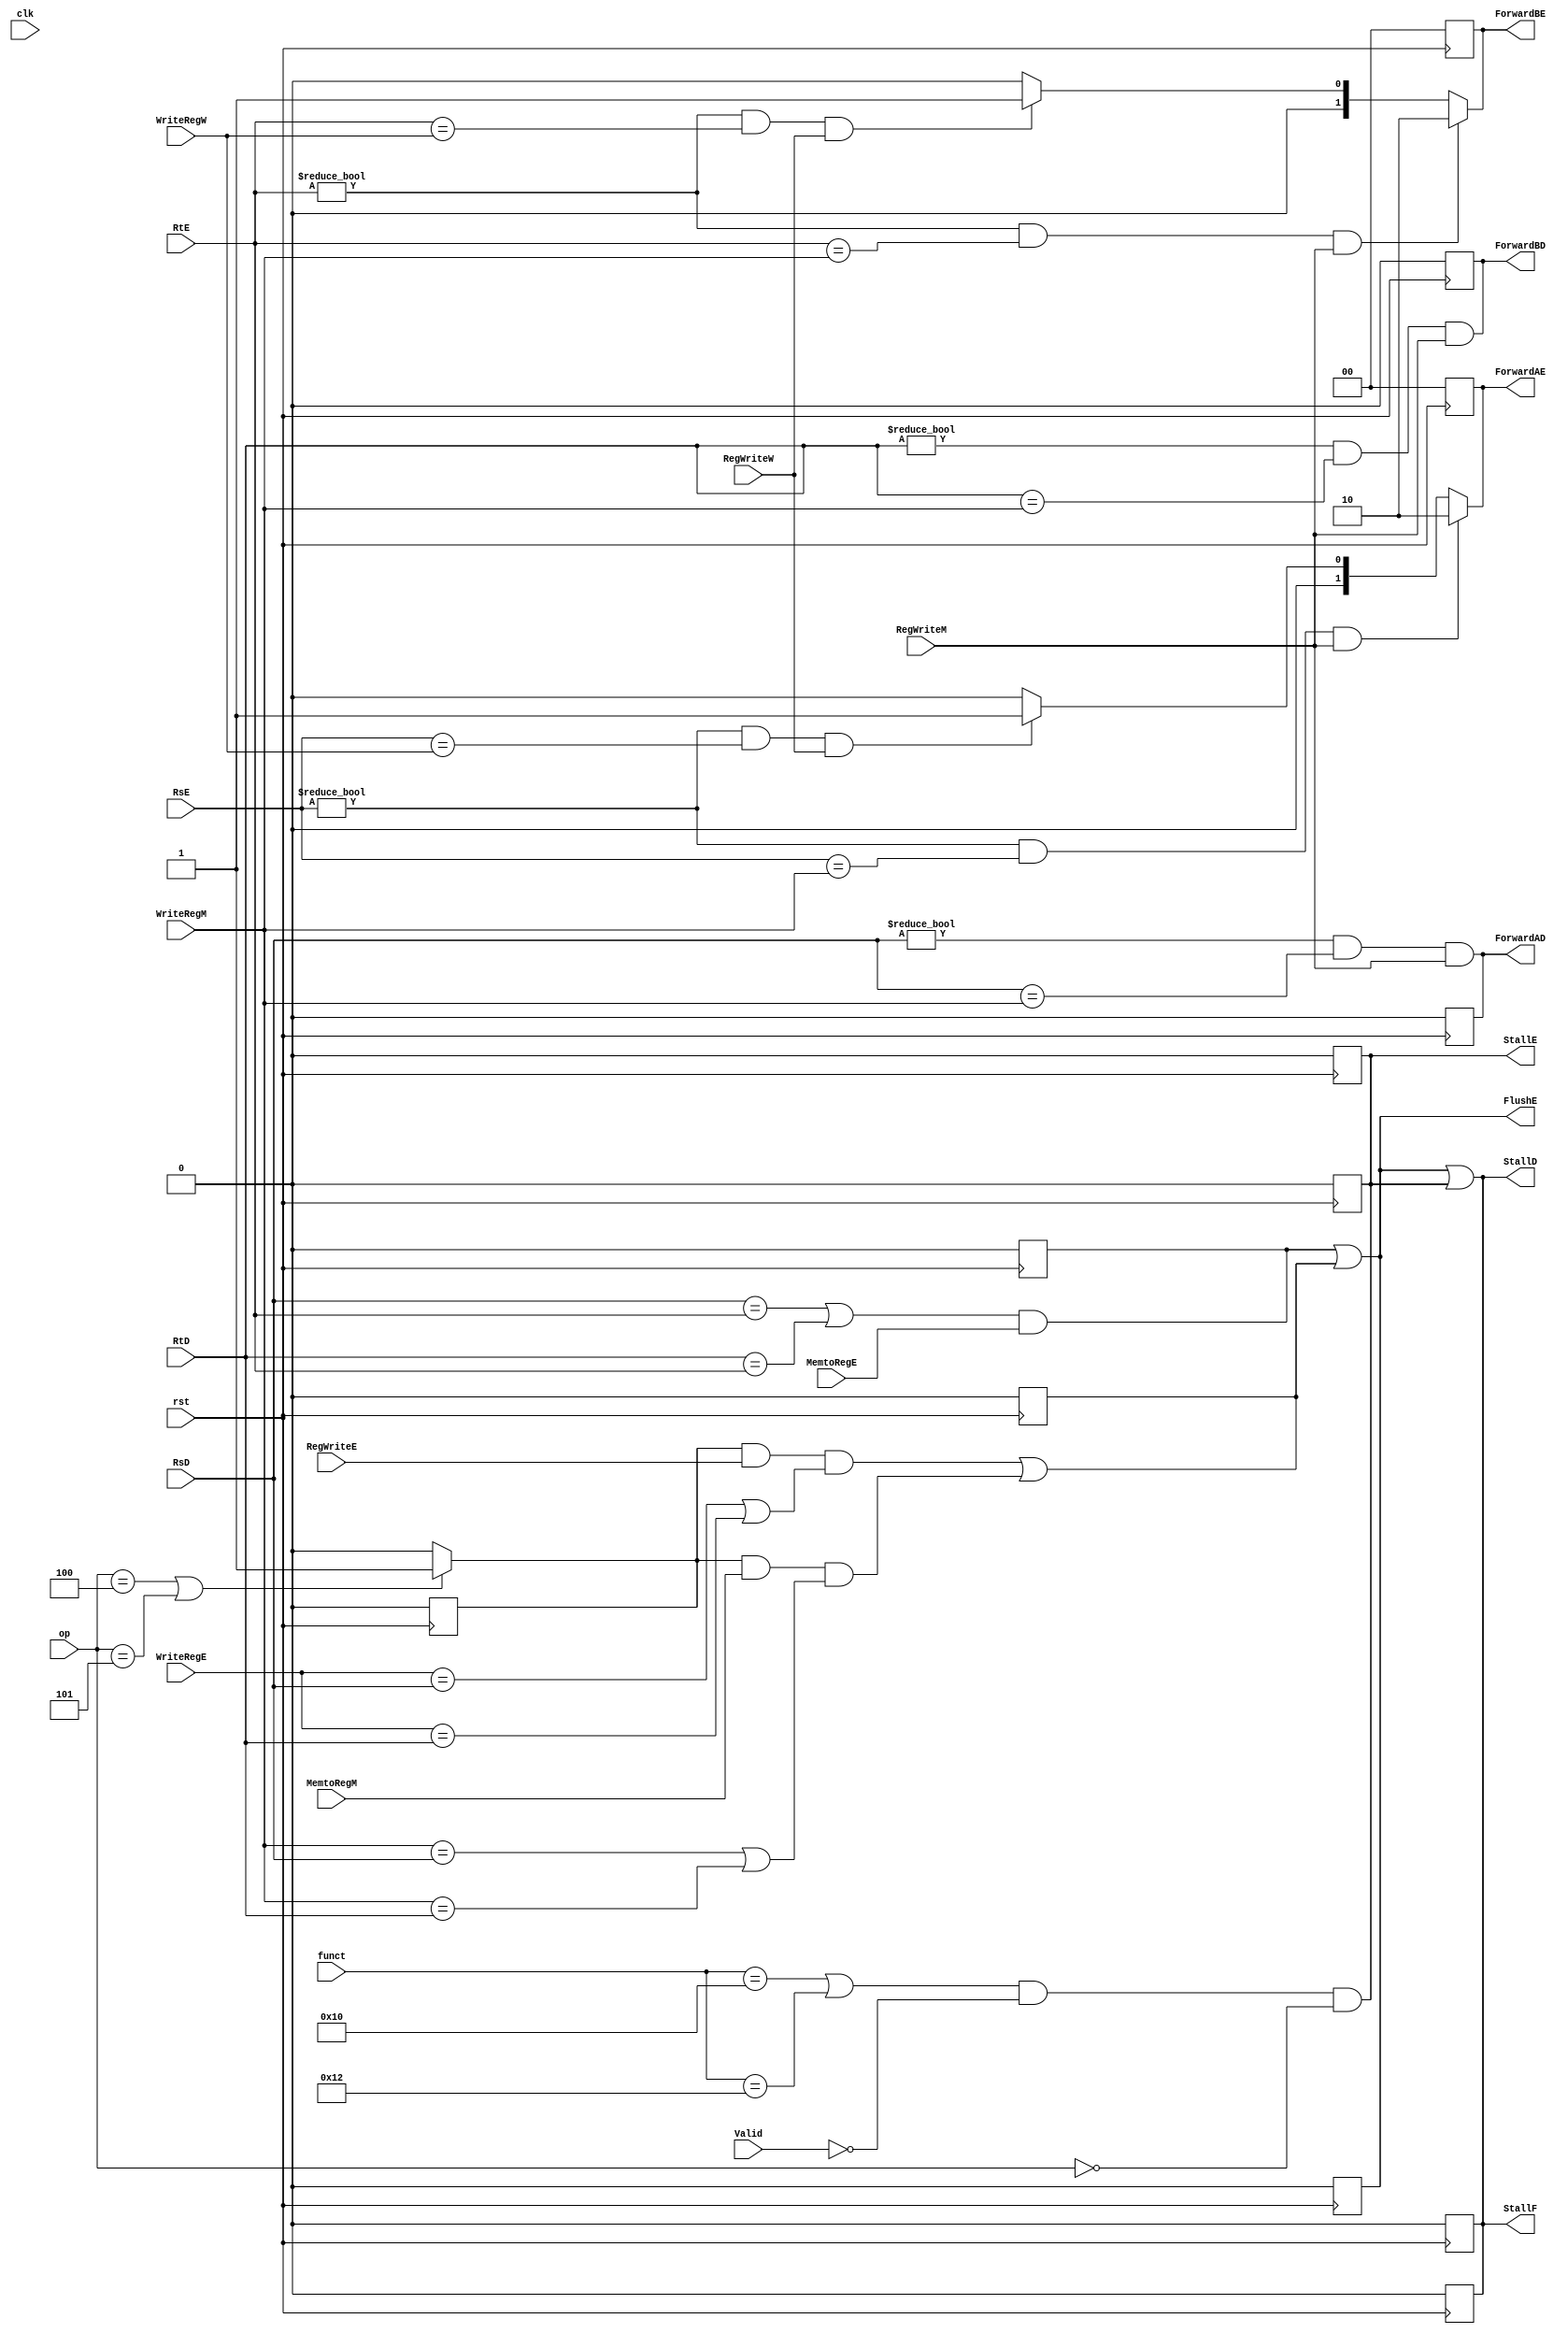
module hazard(	input [4:0] RsE, RtE, RsD, RtD, WriteRegE, WriteRegM, WriteRegW, 
		input RegWriteW, RegWriteM, MemtoRegM, RegWriteE, MemtoRegE,
		input [5:0] op, funct,
		input rst,clk, Valid,
		output reg StallF, StallD, StallE, FlushE, ForwardAD, ForwardBD, 
		output reg [1:0] ForwardAE, ForwardBE);

	reg lwstall, branchstall, multstall;
	reg branch;

	// reset registers on global reset
	always @(posedge rst)
	begin
		StallF <= 0;
		StallD <= 0;
		StallE <= 0;
		FlushE <= 0;
		ForwardAD <= 0;
		ForwardBD <= 0;
		ForwardAE <= 0;
		ForwardBE <= 0;
		lwstall <= 0;
		branchstall <= 0;
		multstall <= 0;
		branch <= 0;
	end

	// we wanted our hazards to resolve immediately but decided to make them registers instead of
	// wires because we were getting 'unknown' spike values on clock edges because the input signals
	// are in a brief state of uncertainty. To fix this bug we made them registers and had them change when
	// any of the inputs change
	always @(*)
	begin
		// branch on bne or beq instructions
		branch <= (op == 6'b000100 || op == 6'b000101) ? 1 : 0;
	
		// a stall in one stage should stall the stages before it
		StallF <= lwstall || branchstall || multstall;
		StallD <= lwstall || branchstall || multstall;
		StallE <= multstall;

		// flush the execute stage on a decode stage stall so 'stale' register values don't propagate
		FlushE <= lwstall || branchstall;
	
		//Execute Stage Forwarding
		// when the source register in the execute stage matches the destination registers in the memory or writeback
		// stages, then we need to forward the most up to date value (unless it is zero). Also make sure we are writing
		// back to the register file (RegWrite) because instructions like sw don't overwrite register values. 
		ForwardAE <= ((RsE !=0) && (RsE==WriteRegM) && RegWriteM) ? 2'b10 : (((RsE !=0) && (RsE==WriteRegW) && RegWriteW) ? 2'b01 : 2'b00);
		ForwardBE <= ((RtE !=0) && (RtE==WriteRegM) && RegWriteM) ? 2'b10 : (((RtE !=0) && (RtE==WriteRegW) && RegWriteW) ? 2'b01 : 2'b00);
	
		//Decode Stage Forwarding
		// when the source register in the decode stage is the same as the destination register in the memory stage (branch)
		ForwardAD <= (RsD !=0) && (RsD == WriteRegM) && RegWriteM;
		ForwardBD <= (RtD !=0) && (RtD == WriteRegM) && RegWriteM;
	
		// lw Stalls, next instruction relies on destination register of lw
		lwstall <= ((RsD==RtE) || (RtD==RtE)) && MemtoRegE;
	
		//branch stall, branch sources rely on instructions in execute (ALU) or in memory stage (lw)
		branchstall <= (branch && RegWriteE && ((WriteRegE == RsD) || (WriteRegE == RtD))) ||
					(branch && MemtoRegM && ((WriteRegM == RsD) || (WriteRegM == RtD)));
		//mult stall, multiplication not valid and a mfhi or mflo instruction shows up
		multstall <= ((funct == 6'b010000 || funct == 6'b010010)) && ~Valid && op == 6'b000000;
	end
endmodule